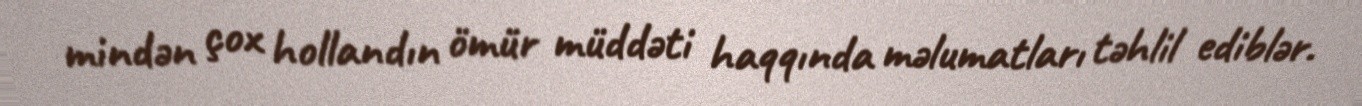
mindən çox hollandın ömür müddəti haqqında məlumatları təhlil ediblər.